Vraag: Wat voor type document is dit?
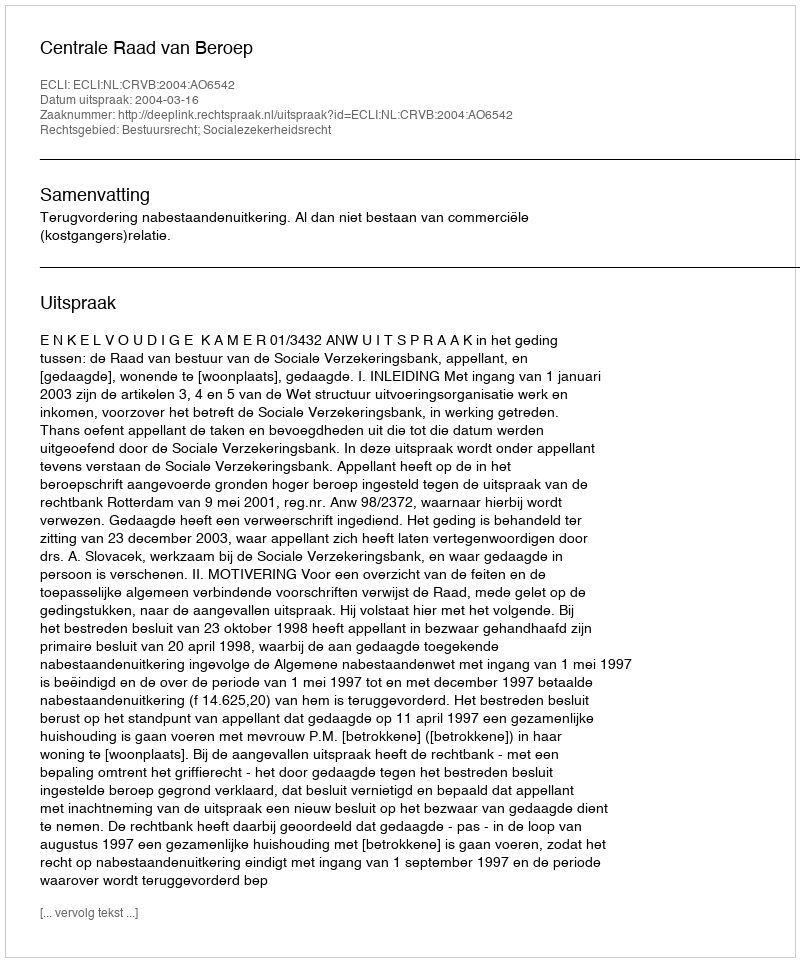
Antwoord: Uitspraak